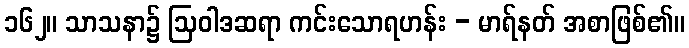
၁၆၂။ သာသနာ၌ ဩဝါဒဆရာ ကင်းသောရဟန်း - မာရ်နတ် အစာဖြစ်၏။